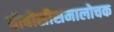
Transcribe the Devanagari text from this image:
बीबीसीसमालोचक